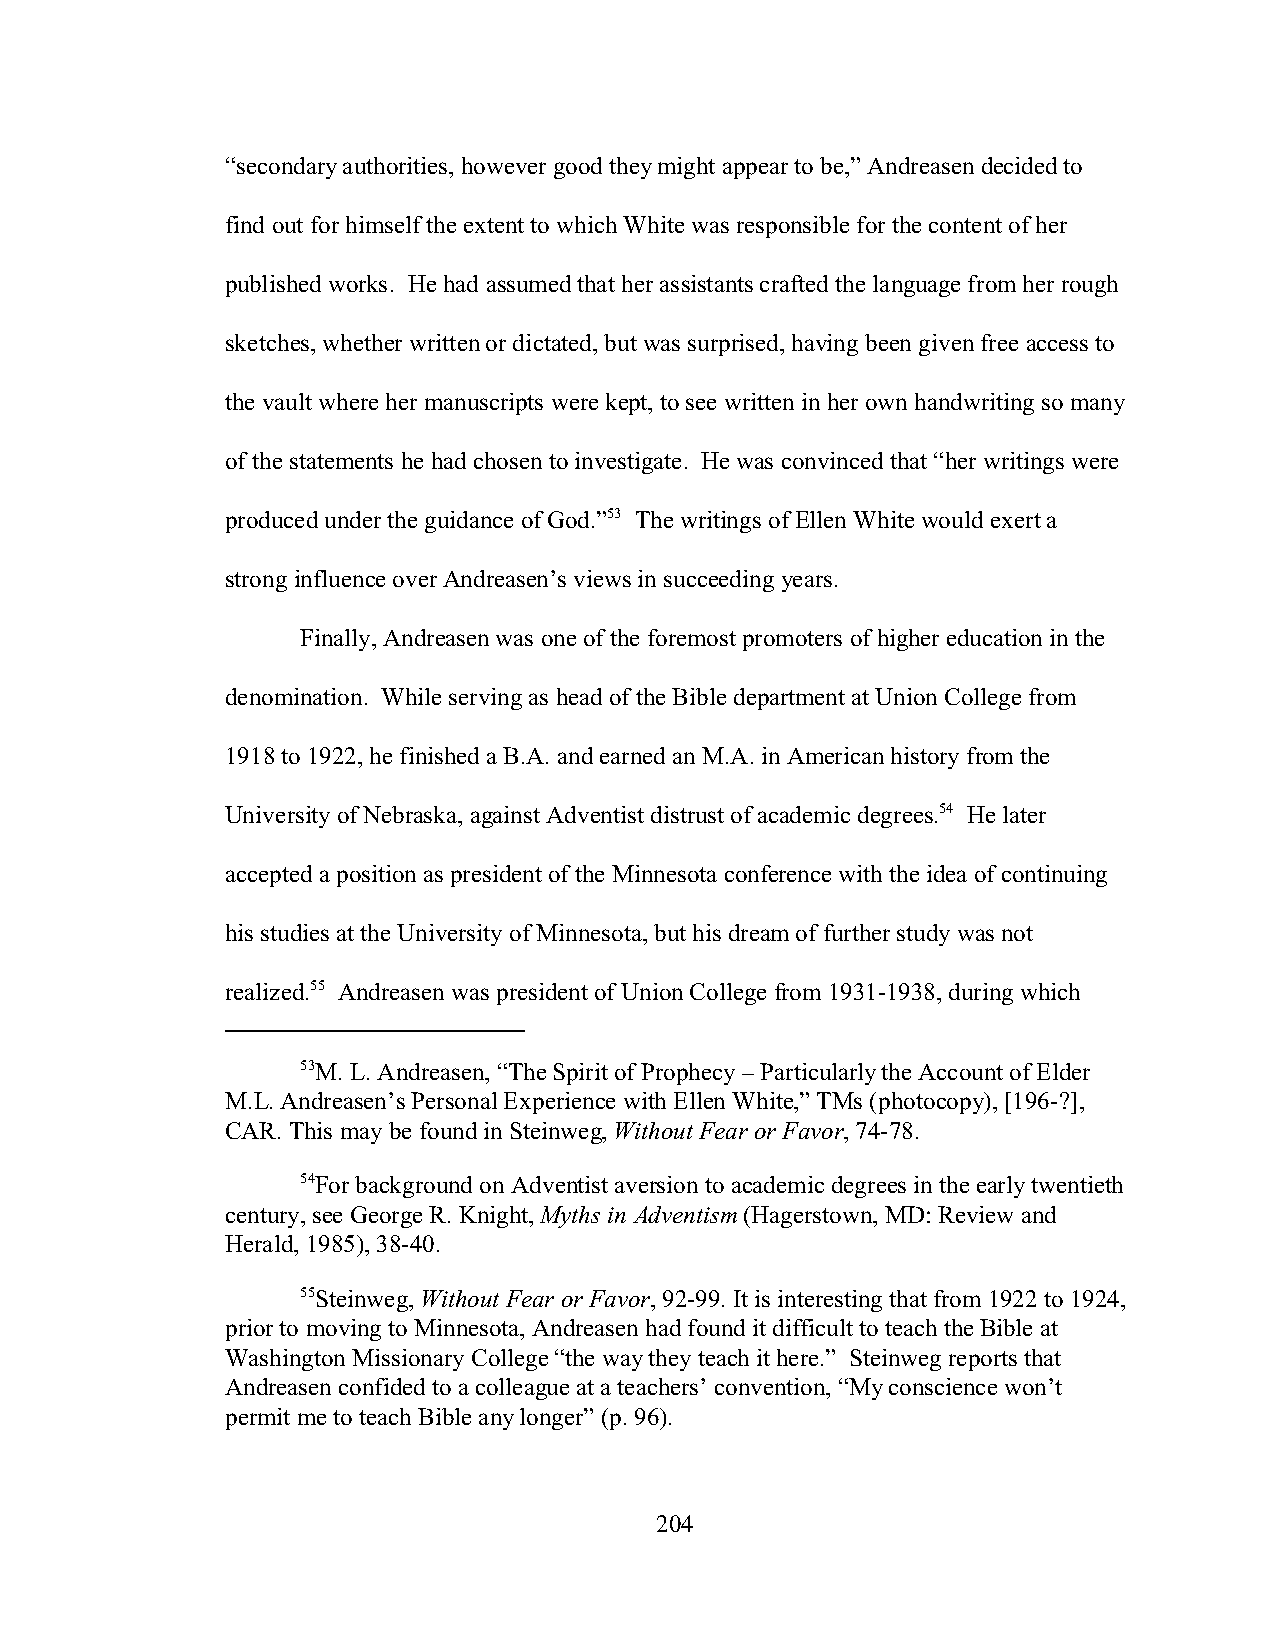
“secondary authorities, however good they might appear to be,” Andreasen decided to
 find out for himself the extent to which White was responsible for the content of her
 published works. He had assumed that her assistants crafted the language from her rough
 sketches, whether written or dictated, but was surprised, having been given free access to
 the vault where her manuscripts were kept, to see written in her own handwriting so many
 of the statements he had chosen to investigate. He was convinced that “her writings were
 produced under the guidance of God.”53 The writings of Ellen White would exert a
 strong influence over Andreasen’s views in succeeding years.
 Finally, Andreasen was one of the foremost promoters of higher education in the
 denomination. While serving as head of the Bible department at Union College from
 1918 to 1922, he finished a B.A. and earned an M.A. in American history from the
 University of Nebraska, against Adventist distrust of academic degrees.54 He later
 accepted a position as president of the Minnesota conference with the idea of continuing
 his studies at the University of Minnesota, but his dream of further study was not
 realized.55 Andreasen was president of Union College from 1931-1938, during which
 53M. L. Andreasen, “The Spirit of Prophecy – Particularly the Account of Elder
 M.L. Andreasen’s Personal Experience with Ellen White,” TMs (photocopy), [196-?],
 CAR. This may be found in Steinweg, Without Fear or Favor, 74-78.
 54For background on Adventist aversion to academic degrees in the early twentieth
 century, see George R. Knight, Myths in Adventism (Hagerstown, MD: Review and
 Herald, 1985), 38-40.
 55Steinweg, Without Fear or Favor, 92-99. It is interesting that from 1922 to 1924,
 prior to moving to Minnesota, Andreasen had found it difficult to teach the Bible at
 Washington Missionary College “the way they teach it here.” Steinweg reports that
 Andreasen confided to a colleague at a teachers’ convention, “My conscience won’t
 permit me to teach Bible any longer” (p. 96).
 204